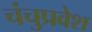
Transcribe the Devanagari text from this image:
चंचुप्रवेश